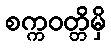
စက္ကဝတ္တိမှိ